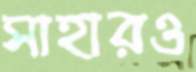
সাহারও